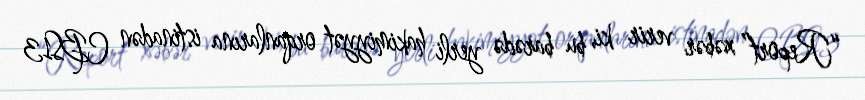
“Report” xəbər verir ki, bu barədə yerli hakimiyyət orqanlarına istinadən CBS13